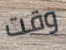
وقت